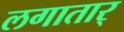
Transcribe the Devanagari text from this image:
लगातार्